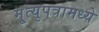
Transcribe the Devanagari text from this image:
मृ्त्युपत्रामध्ये